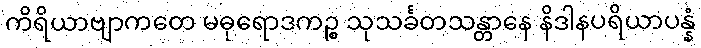
ကိရိယာဗျာကတေ မဓုရောဒကဉ္စ သုသင်္ခတသန္တာနေ နိဒါနပရိယာပန္နံ